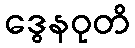
ဒွေနဝုတိ